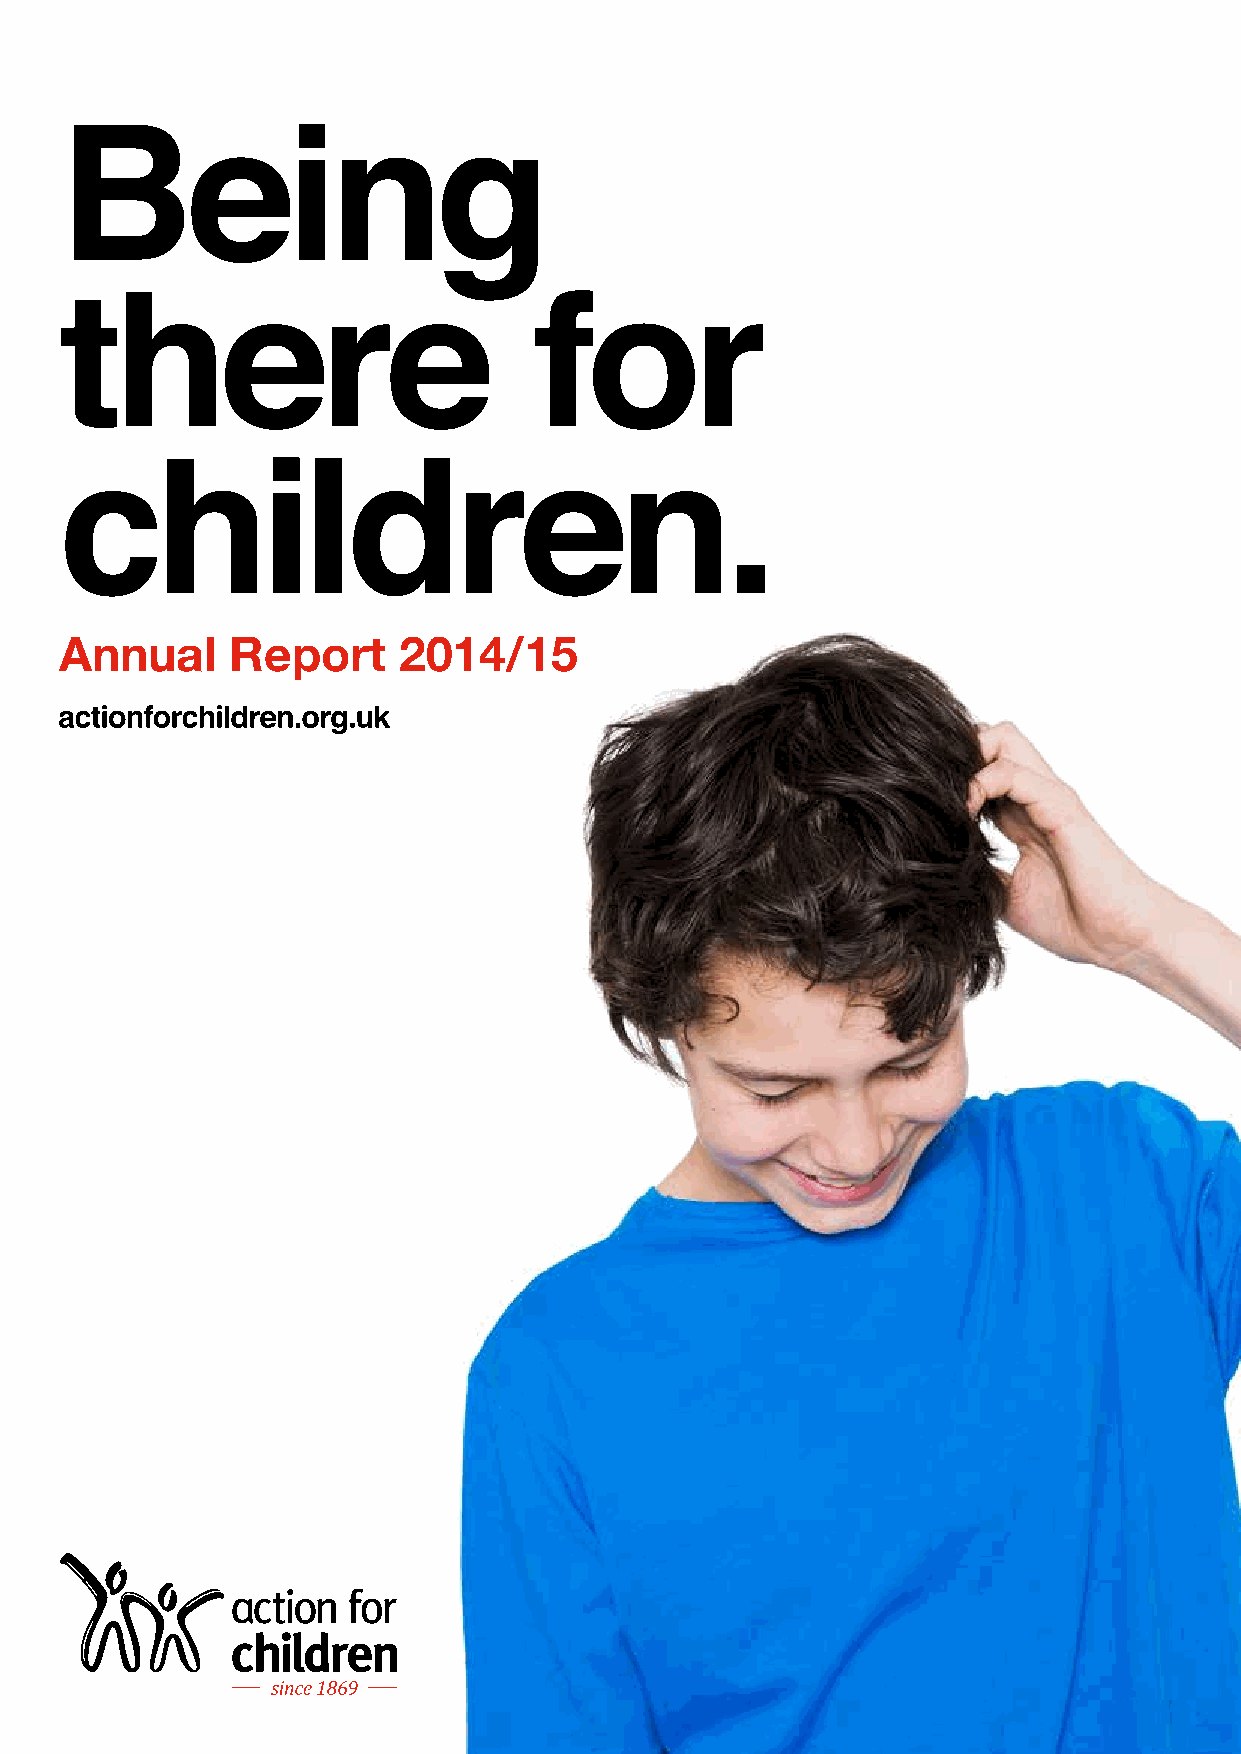
Annual     Report     2014/15